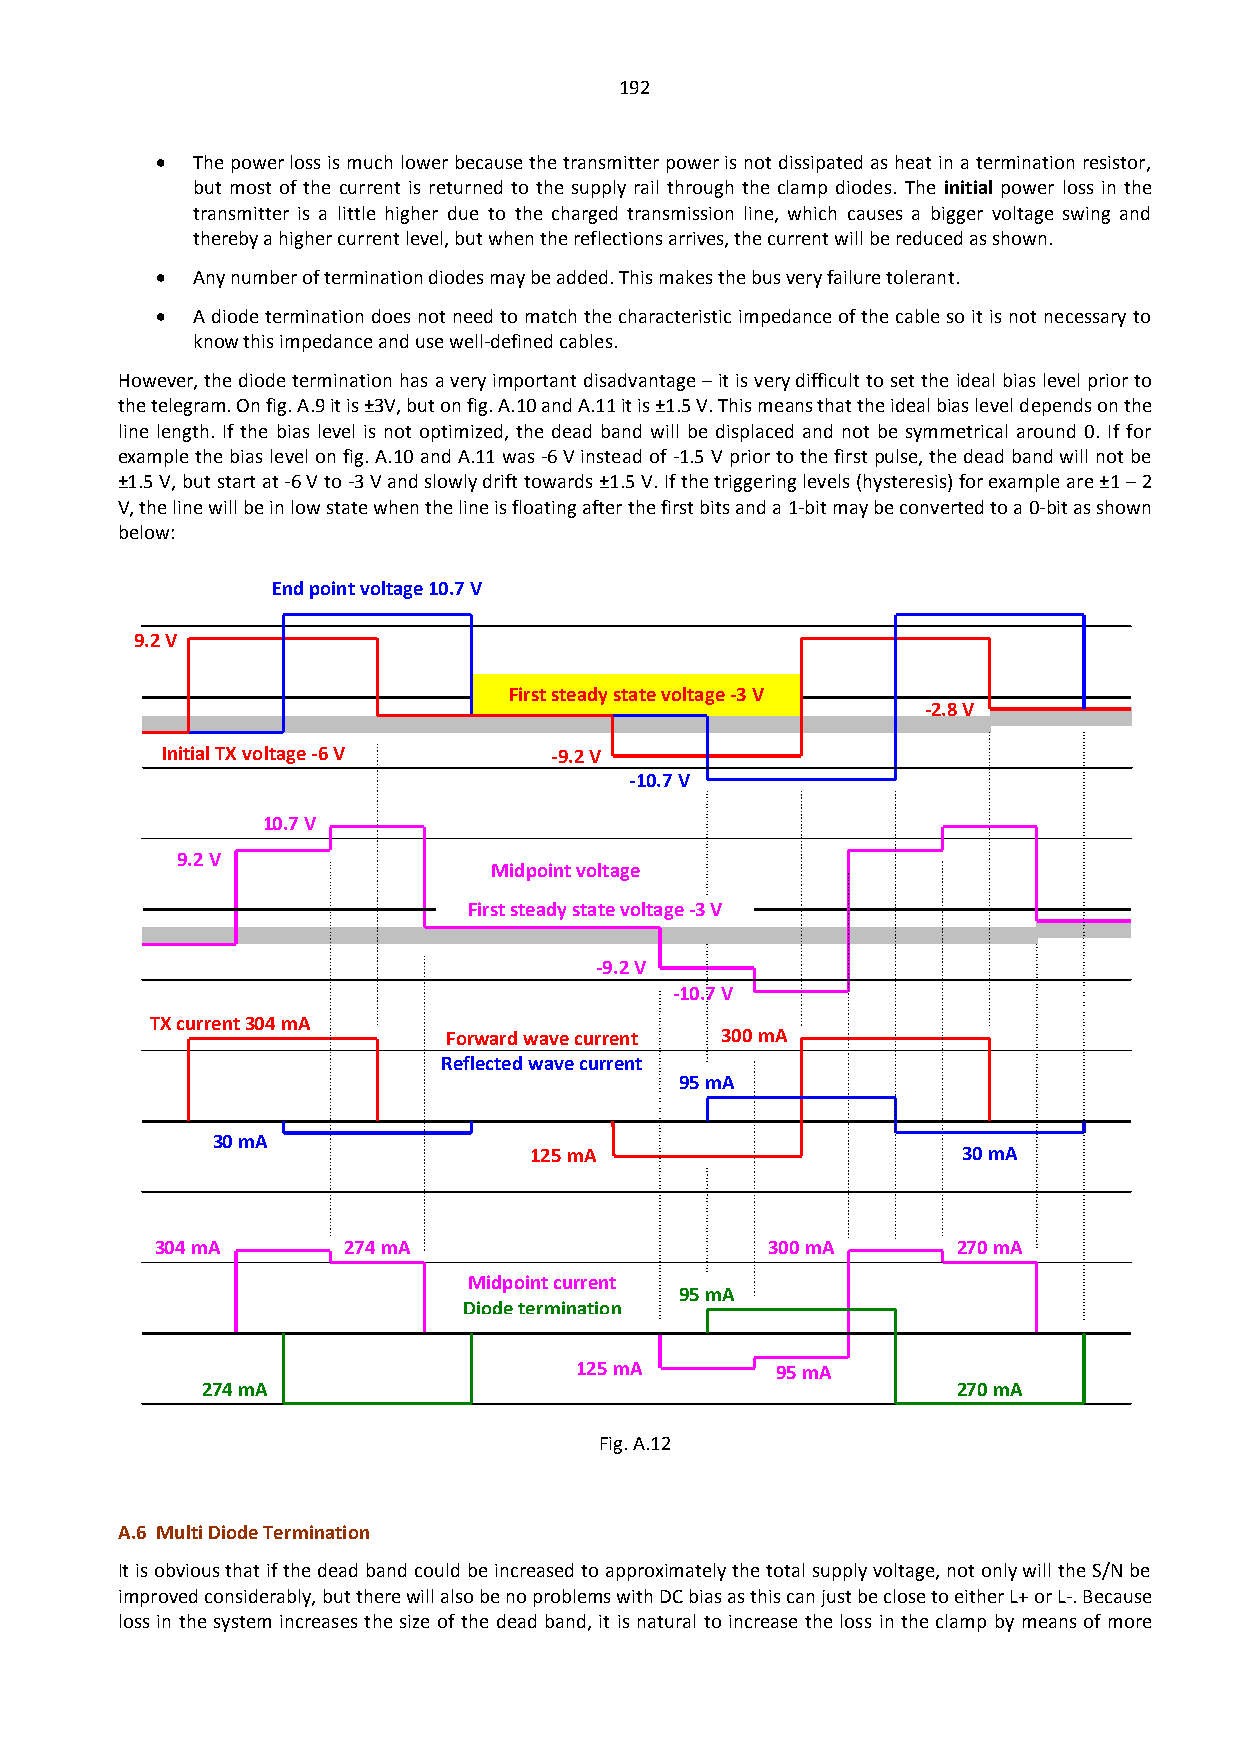
192
   The power loss is much lower because the transmitter power is not dissipated as heat in a termination resistor,
 but most of the current is returned to the supply rail through the clamp diodes. The initial power loss in the
 transmitter is a little higher due to the charged transmission line, which causes a bigger voltage swing and
 thereby a higher current level, but when the reflections arrives, the current will be reduced as shown.
   Any number of termination diodes may be added. This makes the bus very failure tolerant.
   A diode termination does not need to match the characteristic impedance of the cable so it is not necessary to
 know this impedance and use well-defined cables.
 However, the diode termination has a very important disadvantage – it is very difficult to set the ideal bias level prior to
 the telegram. On fig. A.9 it is ±3V, but on fig. A.10 and A.11 it is ±1.5 V. This means that the ideal bias level depends on the
 line length. If the bias level is not optimized, the dead band will be displaced and not be symmetrical around 0. If for
 example the bias level on fig. A.10 and A.11 was -6 V instead of -1.5 V prior to the first pulse, the dead band will not be
 ±1.5 V, but start at -6 V to -3 V and slowly drift towards ±1.5 V. If the triggering levels (hysteresis) for example are ±1 – 2
 V, the line will be in low state when the line is floating after the first bits and a 1-bit may be converted to a 0-bit as shown
 below:
 End point voltage 10.7 V
 9.2 V
 First steady state voltage -3 V
 -2.8 V
 Initial TX voltage -6 V  -9.2 V
 -10.7 V
 10.7 V
 9.2 V
 Midpoint voltage
 First steady state voltage -3 V
 -9.2 V
 -10.7 V
 TX current 304 mA
 Forward wave current 300 mA
 Reflected wave current
 95 mA
 30 mA
 125 mA                       30 mA
 304 mA       274 mA                      300 mA      270 mA
 Midpoint current
 95 mA
 Diode termination
 125 mA       95 mA
 274 mA                                            270 mA
 Fig. A.12
 A.6 Multi Diode Termination
 It is obvious that if the dead band could be increased to approximately the total supply voltage, not only will the S/N be
 improved considerably, but there will also be no problems with DC bias as this can just be close to either L+ or L-. Because
 loss in the system increases the size of the dead band, it is natural to increase the loss in the clamp by means of more